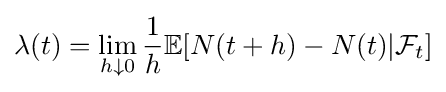
\lambda (t)=\lim _{h\downarrow 0}{\frac {1}{h}}\mathbb {E} [N(t+h)-N(t)|{\mathcal {F}}_{t}]